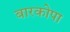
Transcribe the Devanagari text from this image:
बारकोपा